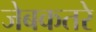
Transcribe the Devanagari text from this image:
जेबकतरे